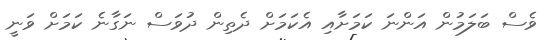
ވެސް ބަލަމުން އަންނަ ކަމަށާއި އެކަމަށް ދެތިން ދުވަސް ނަގާނެ ކަމަށް ވަނީ